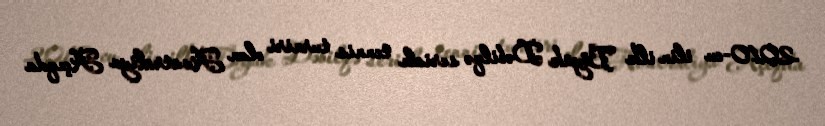
2010-cu ilin ilk Böyük Dəbilqə serialı tennis turniri olan Avstraliya Açıqda